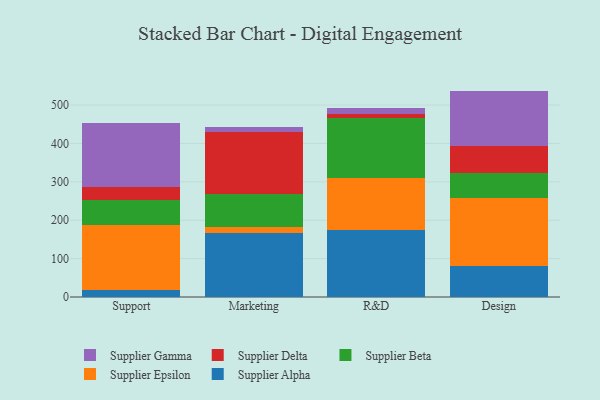
{"axis": {"x": "Department", "y": "Page Views"}, "legend": ["Supplier Alpha", "Supplier Beta", "Supplier Delta", "Supplier Epsilon", "Supplier Gamma"], "data": [{"x": "Support", "y": 18.5, "type": "Supplier Alpha"}, {"x": "Support", "y": 168.4, "type": "Supplier Epsilon"}, {"x": "Support", "y": 64.5, "type": "Supplier Beta"}, {"x": "Support", "y": 34.9, "type": "Supplier Delta"}, {"x": "Support", "y": 166.8, "type": "Supplier Gamma"}, {"x": "Marketing", "y": 166.2, "type": "Supplier Alpha"}, {"x": "Marketing", "y": 15.0, "type": "Supplier Epsilon"}, {"x": "Marketing", "y": 87.0, "type": "Supplier Beta"}, {"x": "Marketing", "y": 160.9, "type": "Supplier Delta"}, {"x": "Marketing", "y": 14.7, "type": "Supplier Gamma"}, {"x": "R&D", "y": 174.9, "type": "Supplier Alpha"}, {"x": "R&D", "y": 134.9, "type": "Supplier Epsilon"}, {"x": "R&D", "y": 156.5, "type": "Supplier Beta"}, {"x": "R&D", "y": 11.6, "type": "Supplier Delta"}, {"x": "R&D", "y": 14.0, "type": "Supplier Gamma"}, {"x": "Design", "y": 80.0, "type": "Supplier Alpha"}, {"x": "Design", "y": 177.2, "type": "Supplier Epsilon"}, {"x": "Design", "y": 66.8, "type": "Supplier Beta"}, {"x": "Design", "y": 70.4, "type": "Supplier Delta"}, {"x": "Design", "y": 142.6, "type": "Supplier Gamma"}]}